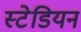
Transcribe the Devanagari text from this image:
स्टेडियन